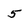
Character: 5